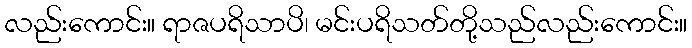
လည်းကောင်း။ ရာဇပရိသာပိ၊ မင်းပရိသတ်တို့သည်လည်းကောင်း။